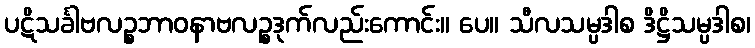
ပဋိသင်္ခါဗလဉ္စဘာဝနာဗလဉ္စဒုက်လည်းကောင်း။ ပေ။ သီလသမ္ပဒါစ ဒိဋ္ဌိသမ္ပဒါစ၊